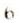
6